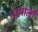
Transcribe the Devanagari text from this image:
अलानी